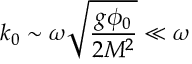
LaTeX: k _ { 0 } \sim \omega \sqrt { \frac { g \phi _ { 0 } } { 2 M ^ { 2 } } } \ll \omega